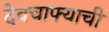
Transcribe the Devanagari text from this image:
देवचाफ्याची